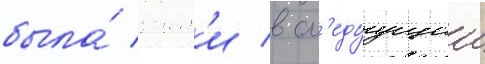
была́ воит'и в сл'едуущии